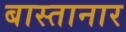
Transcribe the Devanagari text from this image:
बास्तानार